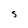
Character: 5